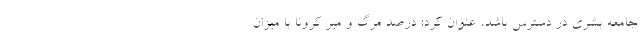
جامعه بشری در دسترس باشد، عنوان کرد: درصد مرگ و میر کرونا با میزان